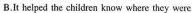
B. It helped the children know where they were.